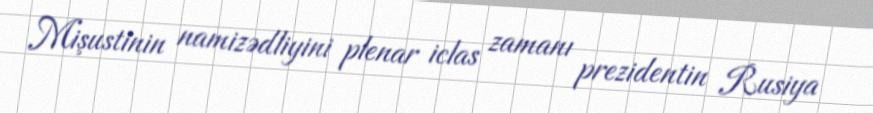
Mişustinin namizədliyini plenar iclas zamanı prezidentin Rusiya